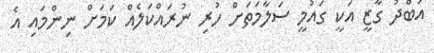
އަބްދު ގާޒީ އަކީ ގައުމީ ސަލާމަތަށް ހުރި ނުރައްކަލެއް ކަމަށް ނިންމައި އެ